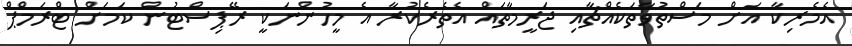
އެމެރިކާ އަށް މަސްތުވާތަކެއްޗާއި ޖަރީމާތައް އެތެރެކުރާ އެ މީހުންނަކީ ރޭޕިސްޓުން ކަމަށް ޓްރަމްޕް